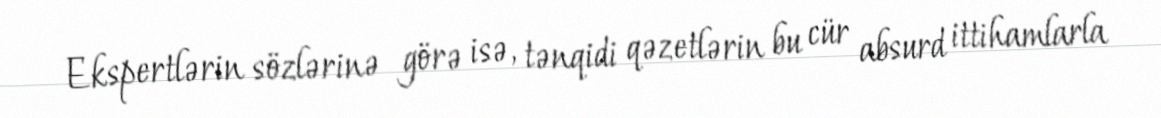
Ekspertlərin sözlərinə görə isə, tənqidi qəzetlərin bu cür absurd ittihamlarla